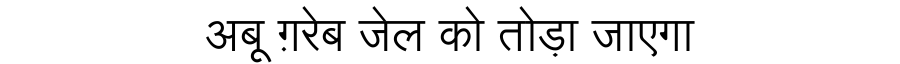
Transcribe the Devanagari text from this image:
अबू ग़रेब जेल को तोड़ा जाएगा